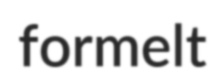
formelt